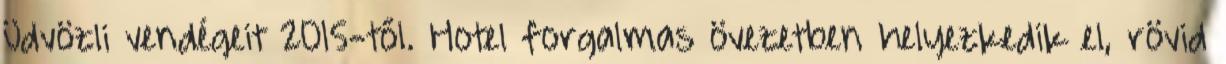
üdvözli vendégeit 2015-től. Hotel forgalmas övezetben helyezkedik el, rövid